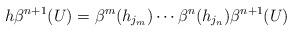
LaTeX: \begin{align*}h\beta^{n+1}(U)=\beta^m(h_{j_m})\cdots \beta^n(h_{j_n})\beta^{n+1}(U)\end{align*}